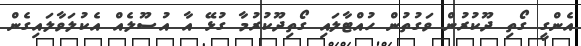
އެންގީ ގޯތި ދޫކުރުން ވަގުތުން ހުއްޓާލައި ގޯތިދޫކުރުމާ ގުޅޭ އާ އުސޫލެއް އެކުލަވާލައިގެން